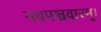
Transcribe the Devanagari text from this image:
नवपञ्चवारम्।